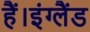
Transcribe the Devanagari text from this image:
हैं।इंग्लैंड